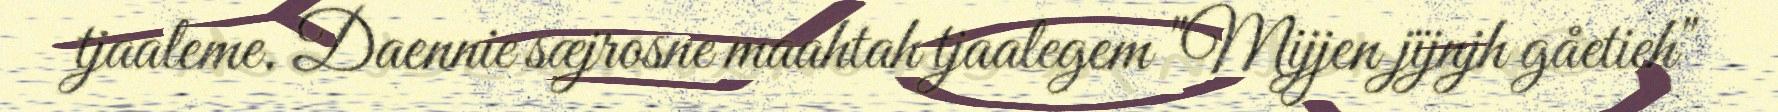
tjaaleme. Daennie sæjrosne maahtah tjaalegem "Mijjen jïjnjh gåetieh"